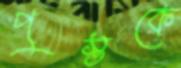
পুস্তকে